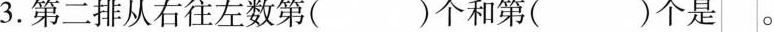
3.第二排从右往左数第()个和第()个是。